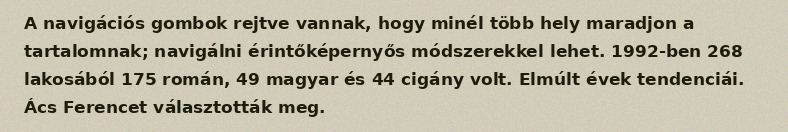
A navigációs gombok rejtve vannak, hogy minél több hely maradjon a tartalomnak; navigálni érintőképernyős módszerekkel lehet. 1992-ben 268 lakosából 175 román, 49 magyar és 44 cigány volt. Elmúlt évek tendenciái. Ács Ferencet választották meg.